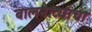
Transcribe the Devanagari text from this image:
बालनाट्यांचा